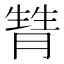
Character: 甧